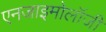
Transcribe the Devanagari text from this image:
एनजाइमोलॉजी